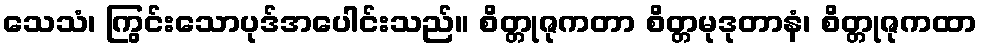
သေသံ၊ ကြွင်းသောပုဒ်အပေါင်းသည်။ စိတ္တုဇုကတာ စိတ္တမုဒုတာနံ၊ စိတ္တုဇုကထာ